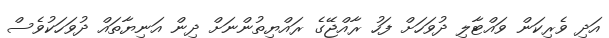
އަދި ވެރިކަން ވައްޓާލި ދުވަހަށް ފަހު ރާއްޖޭގެ ރައްޔިތުންނަށް ދިން އަނިޔާތައް ދުވަހަކުވެސް